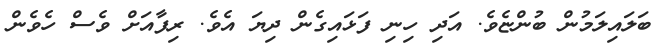
ބަލައިލަމުން ބުންޏެވެ. އަދި ހިނި ފަޅައިގެން ދިޔަ އެވެ. ރިފާއަށް ވެސް ހެވެން